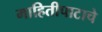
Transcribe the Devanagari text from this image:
माहितीपाटाचे